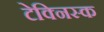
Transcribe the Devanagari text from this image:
टेक्निस्क